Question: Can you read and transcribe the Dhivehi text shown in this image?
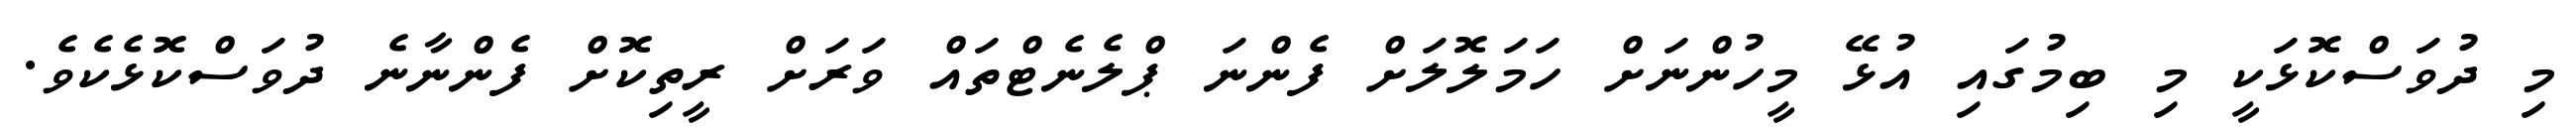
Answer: މި ދުވަސްކޮޅަކީ މި ބިމުގައި އުޅޭ މީހުންނަށް ހަމަލޮލަށް ފެންނަ ޕްލެނެޓްތައް ވަރަށް ރީތިކޮށް ފެންނާނެ ދުވަސްކޮޅެކެވެ.